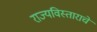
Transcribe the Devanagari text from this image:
राज्यविस्ताराचे